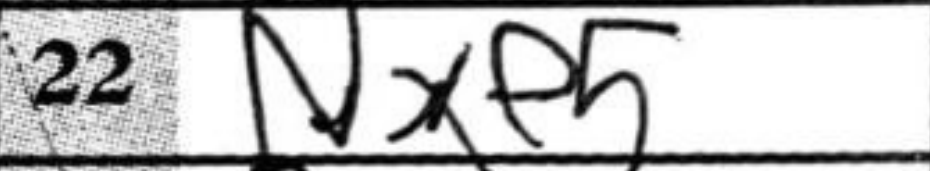
Transcription: Nxe5